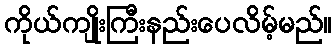
ကိုယ်ကျိုးကြီးနည်းပေလိမ့်မည်။